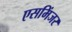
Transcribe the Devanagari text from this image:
एसमिंजर